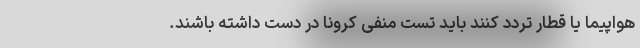
هواپیما یا قطار تردد کنند باید تست منفی کرونا در دست داشته باشند.